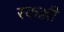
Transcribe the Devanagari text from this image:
स्कल्ली